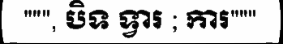
""", បិទ ទ្វារ ; ការ"""